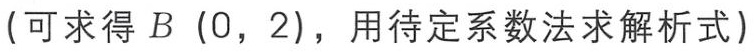
(可求得\(B(0,2)\)，用待定系数法求解析式)